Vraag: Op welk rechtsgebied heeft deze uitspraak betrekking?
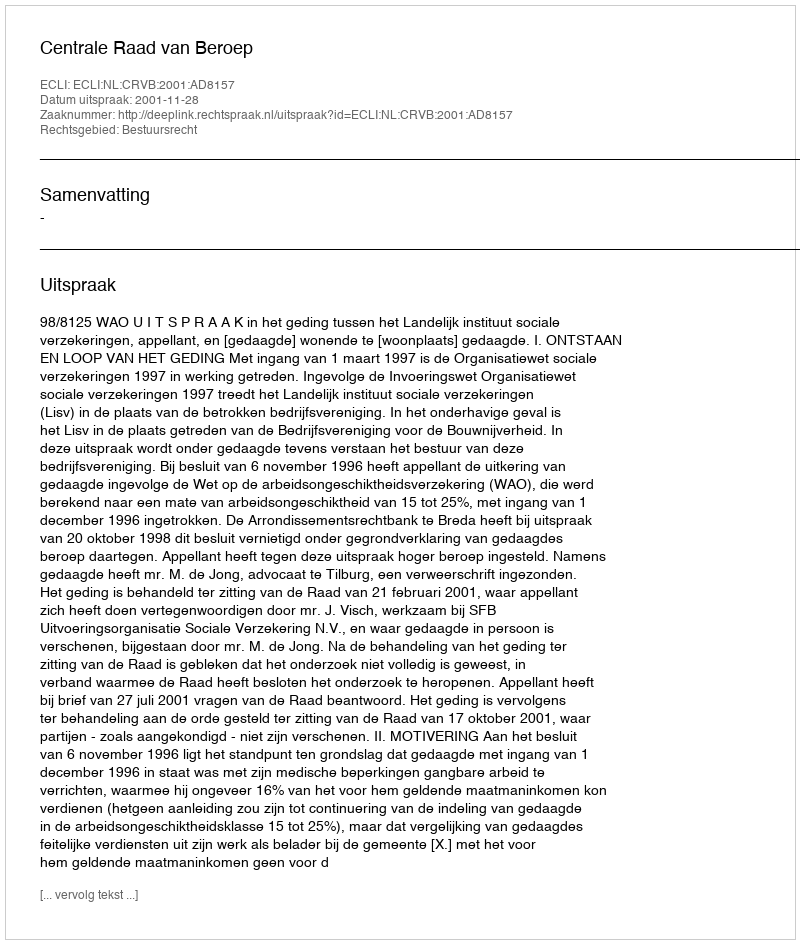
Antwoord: Bestuursrecht